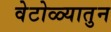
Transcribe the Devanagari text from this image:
वेटोळ्यातुन